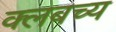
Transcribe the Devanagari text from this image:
क्लबच्य